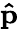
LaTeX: \mathbf{\hat{p}}